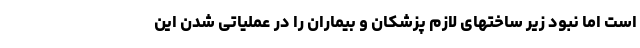
است اما نبود زیر ساختهای لازم پزشکان و بیماران را در عملیاتی شدن این